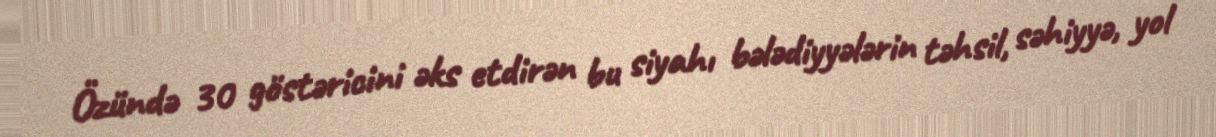
Özündə 30 göstəricini əks etdirən bu siyahı bələdiyyələrin təhsil, səhiyyə, yol